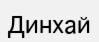
Динхай